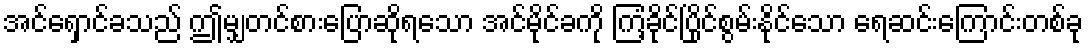
အင်ရှောင်ခသည် ဤမျှတင်စားပြောဆိုရသော အင်မိုင်ခကို ကြံ့ခိုင်ပြိုင်စွမ်းနိုင်သော ရေဆင်းကြောင်းတစ်ခု